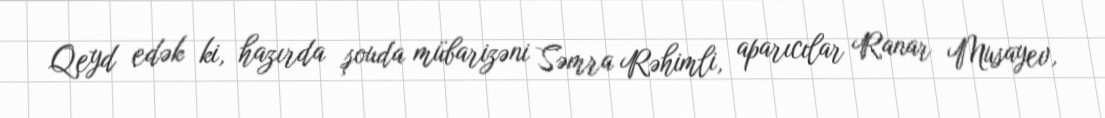
Qeyd edək ki, hazırda şouda mübarizəni Səmra Rəhimli, aparıcılar Ranar Musayev,